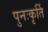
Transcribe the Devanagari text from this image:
पुनःकृर्ति